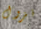
نزول